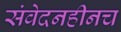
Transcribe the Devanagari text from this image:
संवेदनहीनच